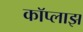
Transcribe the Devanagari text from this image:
कॉप्लाझ